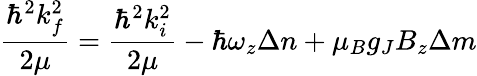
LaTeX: \frac{\hbar^{2}k_{f}^{2}}{2\mu}=\frac{\hbar^{2}k_{i}^{2}}{2\mu}-\hbar\omega_{z}\Delta n+\mu_{B}g_{J}B_{z}\Delta m